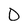
Character: D